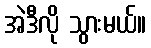
အဲဒီလို သွားမယ်။